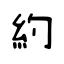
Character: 約